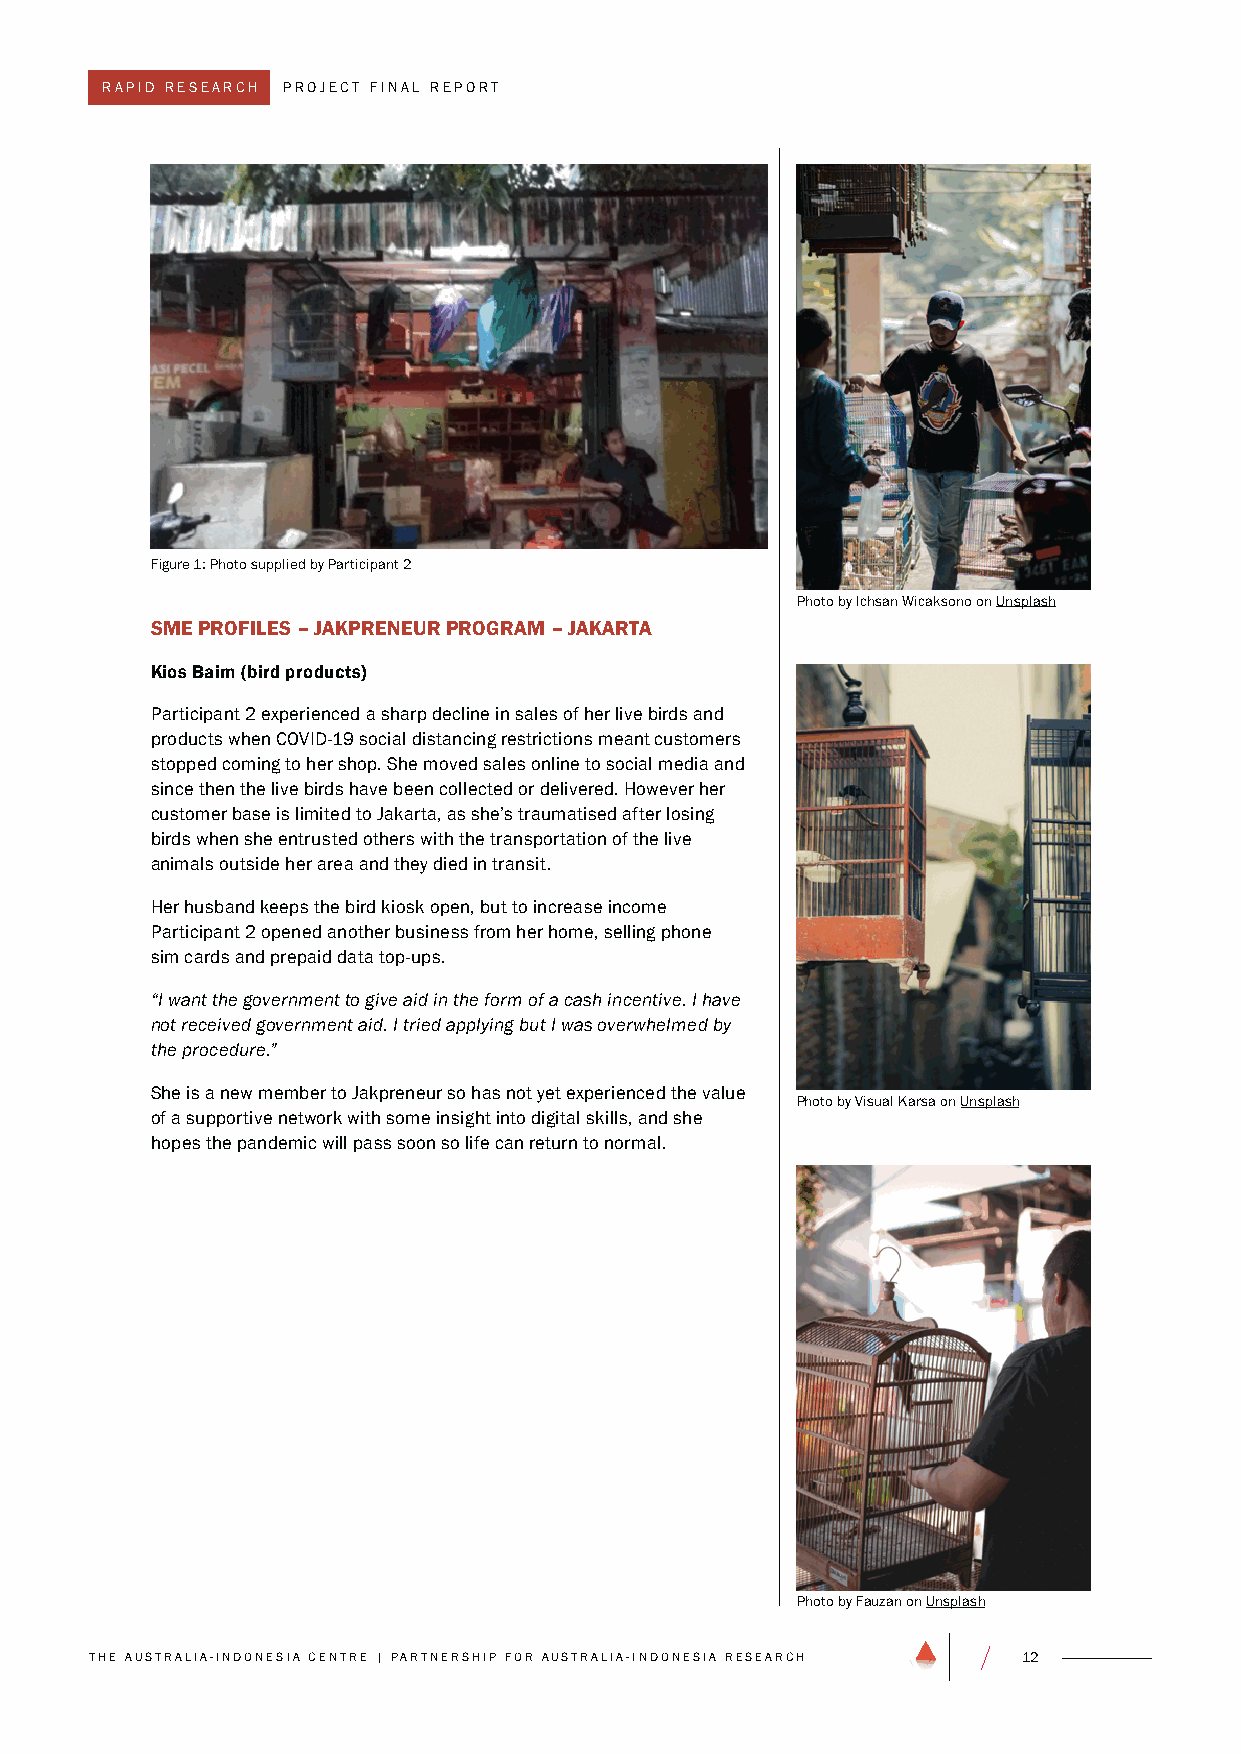
RAPID RESEARCH PROjECT fINAL REPORT
 figure 1: Photo supplied by Participant 2
 Photo by Ichsan Wicaksono on Unsplash
 SME PROFILES – JAKPRENEUR PROGRAM – JAKARTA
 Kios Baim (bird products)
 Participant 2 experienced a sharp decline in sales of her live birds and
 products when COVID-19 social distancing restrictions meant customers
 stopped coming to her shop. She moved sales online to social media and
 since then the live birds have been collected or delivered. However her
 customer base is limited to jakarta, as she’s traumatised after losing
 birds when she entrusted others with the transportation of the live
 animals outside her area and they died in transit.
 Her husband keeps the bird kiosk open, but to increase income
 Participant 2 opened another business from her home, selling phone
 sim cards and prepaid data top-ups.
 “I want the government to give aid in the form of a cash incentive. I have
 not received government aid. I tried applying but I was overwhelmed by
 the procedure.”
 She is a new member to jakpreneur so has not yet experienced the value
 Photo by Visual Karsa on Unsplash
 of a supportive network with some insight into digital skills, and she
 hopes the pandemic will pass soon so life can return to normal.
 Photo by fauzan on Unsplash
 THE AUSTRALIA-INDONESIA CENTRE | P ARTNERSHIP fOR AUSTRALIA-INDONESIA RESEARCH 12